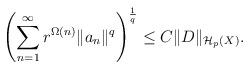
LaTeX: \begin{align*}\left(\sum_{n=1}^\infty r^{\Omega(n)}\|a_n\|^q\right)^{\frac{1}{q}} \leq C \|D\|_{\mathcal{H}_p(X)}.\end{align*}